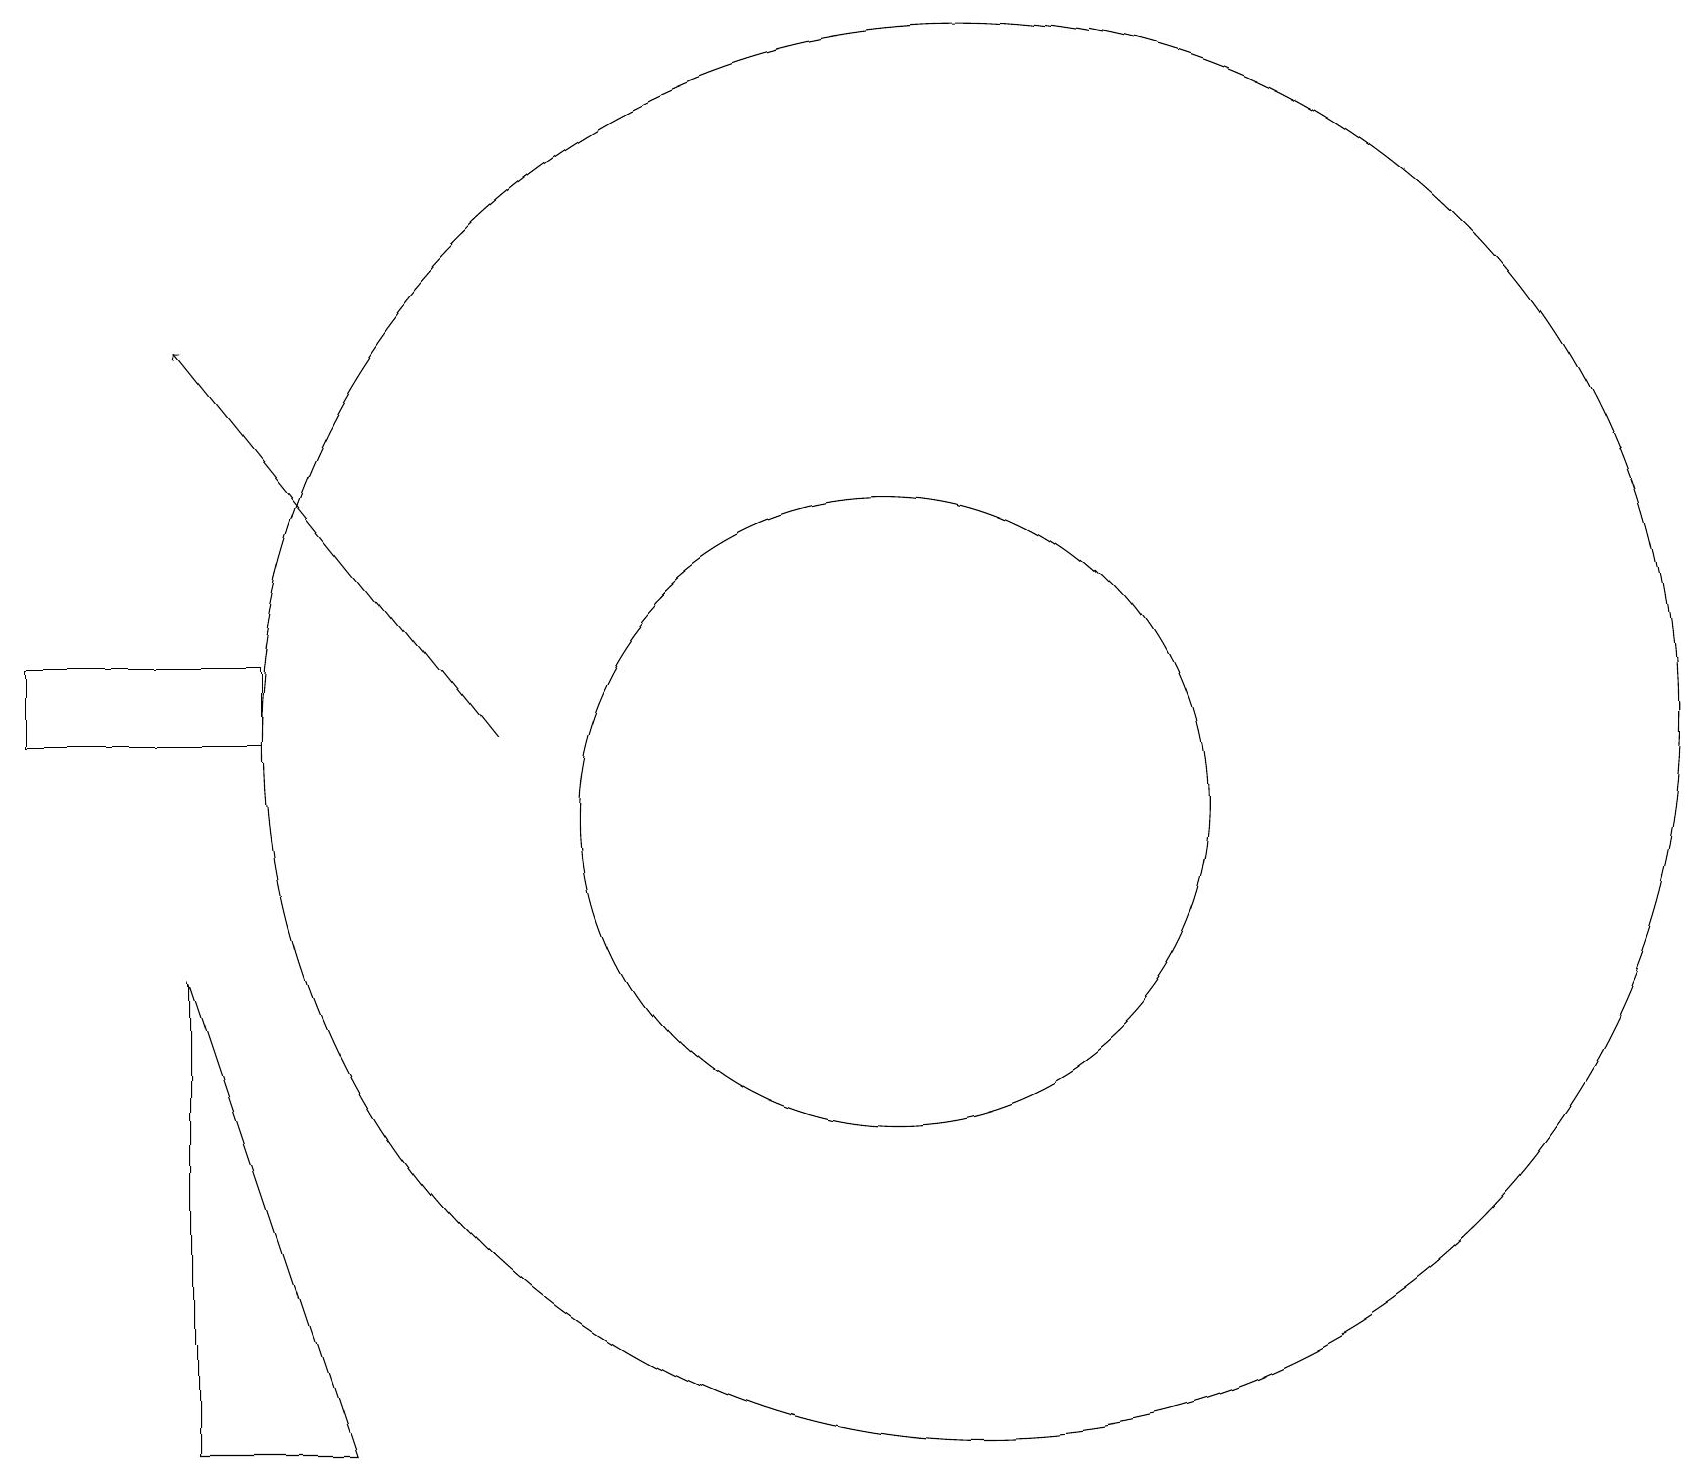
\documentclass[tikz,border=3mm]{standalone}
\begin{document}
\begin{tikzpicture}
\draw (2,8) -- (2,2) -- (4,2) -- cycle;
\draw[->] (6,11) -- (2,16);
\draw (12,11) circle (9);
\draw (3,12) rectangle (0,11);
\draw (11,10) circle (4);
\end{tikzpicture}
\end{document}